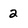
Character: 2